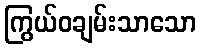
ကြွယ်ဝချမ်းသာသော